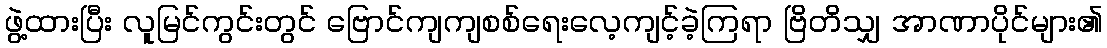
ဖွဲ့ထားပြီး လူမြင်ကွင်းတွင် ဗြောင်ကျကျစစ်ရေးလေ့ကျင့်ခဲ့ကြရာ ဗြိတိသျှ အာဏာပိုင်များ၏